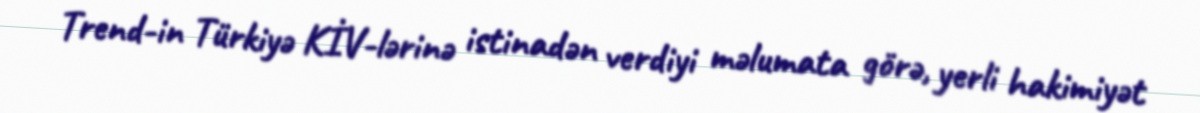
Trend-in Türkiyə KİV-lərinə istinadən verdiyi məlumata görə, yerli hakimiyət